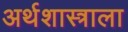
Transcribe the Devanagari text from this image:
अर्थशास्त्राला